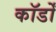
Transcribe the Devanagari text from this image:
कॉर्डों